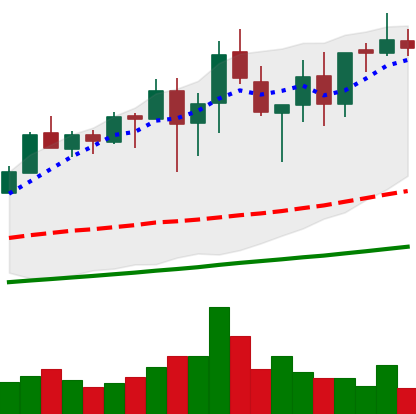
Ticker: XMR-USD
Chart end date: 2021-04-29
Forward return: -6.666%
Label: down_5_7